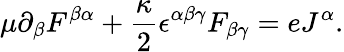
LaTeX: \mu\partial_{\beta}F^{\beta\alpha}+\frac{\kappa}{2}\epsilon^{\alpha\beta\gamma}F_{\beta\gamma}=eJ^{\alpha}.